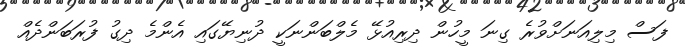
ފަސް މިލިއަނަށްވުރެ ގިނަ މީހުން ދިރިއުޅޭ މެލްބަންނަކީ ދުނިޔޭގައި އެންމެ ދިގު ފުރަބަންދެއް